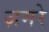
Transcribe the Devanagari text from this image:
ज़मरे